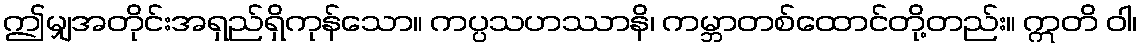
ဤမျှအတိုင်းအရှည်ရှိကုန်သော။ ကပ္ပသဟဿာနိ၊ ကမ္ဘာတစ်ထောင်တို့တည်း။ ဣတိ ဝါ၊